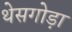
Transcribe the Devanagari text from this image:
थेसगोड़ा